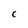
Character: C